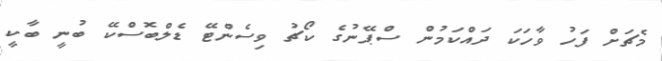
މެޗަށް ފަހު ވާހަކަ ދައްކަމުން ސްޕޭނުގެ ކޯޗު ވިސެންޓޭ ޑެލްބޮސްކޭ ބުނީ ބާކީ